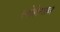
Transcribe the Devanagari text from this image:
लोहेगाव